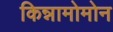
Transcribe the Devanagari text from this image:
किन्नामोमोन